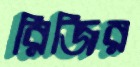
রিজির